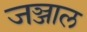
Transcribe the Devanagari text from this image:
जञ्जाल